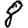
Digit: 8